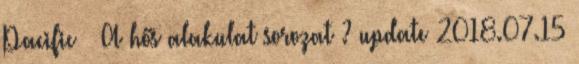
Pacific A hős alakulat sorozat ? update 2018.07.15